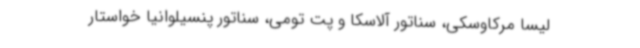
لیسا مرکاوسکی، سناتور آلاسکا و پت تومی، سناتور پنسیلوانیا خواستار